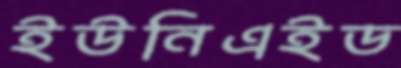
ইউনিএইড